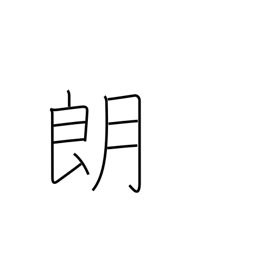
Meaning: serene